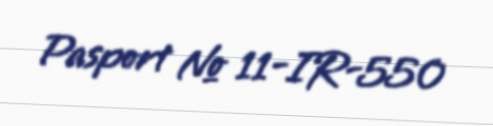
Pasport № 11-IR-550